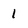
Character: 1